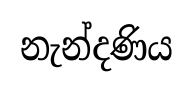
නැන්දණිය